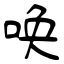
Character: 唤